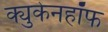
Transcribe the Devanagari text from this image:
क्युकेनहॉफ